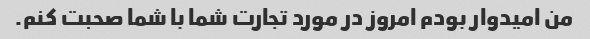
من امیدوار بودم امروز در مورد تجارت شما با شما صحبت کنم.